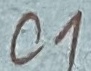
Text: C1